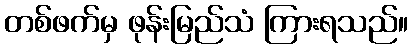
တစ်ဖက်မှ ဖုန်းမြည်သံ ကြားရသည်။